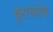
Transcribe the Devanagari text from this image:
कूटरचनांचा